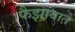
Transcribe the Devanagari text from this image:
फैझाबात